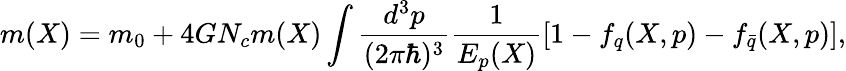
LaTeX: m(X)=m_{0}+4GN_{c}m(X)\int\frac{d^{3}p}{(2\pi\hbar)^{3}}\frac 1{E_{p}(X)}[1-f_{q}(X,p)-f_{\bar{q}}(X,p)],